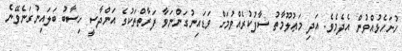
ހުށަހެޅުއްވުން އެދެމެވެ. އަދި މަޢުލޫމާތު ސާފުކުރެއްވުމަށް ވަޑައިނުގަންނަވާ ފަރާތްތަކުގެ އަންދާސީ ހިސާބު ބަލައިނުގަނެވޭނެ